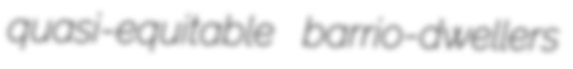
quasi-equitable barrio-dwellers